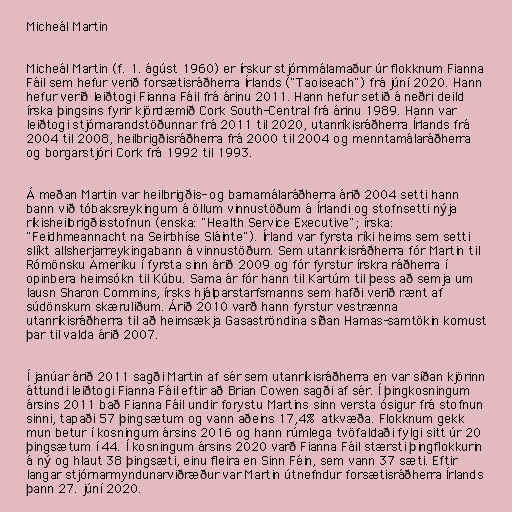
Micheál Martin

Micheál Martin (f. 1. ágúst 1960) er írskur stjórnmálamaður úr flokknum Fianna
Fáil sem hefur verið forsætisráðherra Írlands ("Taoiseach") frá júní 2020. Hann
hefur verið leiðtogi Fianna Fáil frá árinu 2011. Hann hefur setið á neðri deild
írska þingsins fyrir kjördæmið Cork South-Central frá árinu 1989. Hann var
leiðtogi stjórnarandstöðunnar frá 2011 til 2020, utanríkisráðherra Írlands frá
2004 til 2008, heilbrigðisráðherra frá 2000 til 2004 og menntamálaráðherra
og borgarstjóri Cork frá 1992 til 1993.

Á meðan Martin var heilbrigðis- og barnamálaráðherra árið 2004 setti hann
bann við tóbaksreykingum á öllum vinnustöðum á Írlandi og stofnsetti nýja
ríkisheilbrigðisstofnun (enska: "Health Service Executive"; írska:
"Feidhmeannacht na Seirbhíse Sláinte"). Írland var fyrsta ríki heims sem setti
slíkt allsherjarreykingabann á vinnustöðum. Sem utanríkisráðherra fór Martin til
Rómönsku Ameríku í fyrsta sinn árið 2009 og fór fyrstur írskra ráðherra í
opinbera heimsókn til Kúbu. Sama ár fór hann til Kartúm til þess að semja um
lausn Sharon Commins, írsks hjálparstarfsmanns sem hafði verið rænt af
súdönskum skæruliðum. Árið 2010 varð hann fyrstur vestrænna
utanríkisráðherra til að heimsækja Gasaströndina síðan Hamas-samtökin komust
þar til valda árið 2007.

Í janúar árið 2011 sagði Martin af sér sem utanríkisráðherra en var síðan kjörinn
áttundi leiðtogi Fianna Fáil eftir að Brian Cowen sagði af sér. Í þingkosningum
ársins 2011 bað Fianna Fáil undir forystu Martins sinn versta ósigur frá stofnun
sinni, tapaði 57 þingsætum og vann aðeins 17,4% atkvæða. Flokknum gekk
mun betur í kosningum ársins 2016 og hann rúmlega tvöfaldaði fylgi sitt úr 20
þingsætum í 44. Í kosningum ársins 2020 varð Fianna Fáil stærsti þingflokkurin
á ný og hlaut 38 þingsæti, einu fleira en Sinn Féin, sem vann 37 sæti. Eftir
langar stjórnarmyndunarviðræður var Martin útnefndur forsætisráðherra Írlands
þann 27. júní 2020.